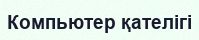
Компьютер қателігі